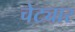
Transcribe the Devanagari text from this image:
चेट्यार